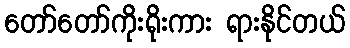
တော်တော်ကိုးရိုးကား ရားနိုင်တယ်